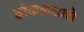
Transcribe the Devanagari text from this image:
ढोकळ्याचे